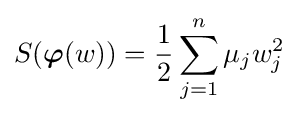
S({\boldsymbol {\varphi }}(w))={\frac {1}{2}}\sum _{j=1}^{n}\mu _{j}w_{j}^{2}